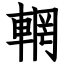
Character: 輞